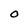
Character: O